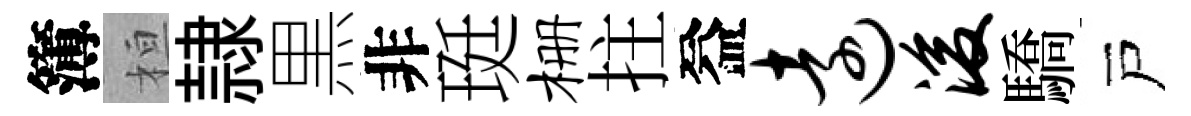
簿桓隷黒非珽栅拄益远浚驕戸